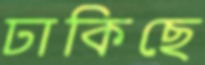
ঢাকিছে